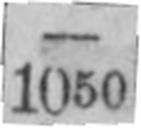
1050